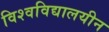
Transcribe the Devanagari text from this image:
विश्‍वविद्यालयीन